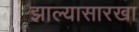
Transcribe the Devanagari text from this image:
झाल्यासारखा